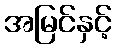
အမြင်နှင့်